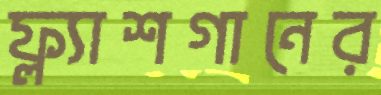
ফ্ল্যাশগানের